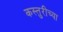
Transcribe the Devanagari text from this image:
कस्तुरीच्या